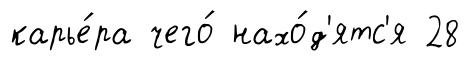
карье́ра чего́ нахо́д'ятс'я 28